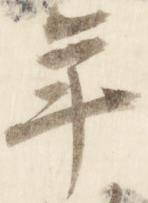
年